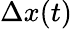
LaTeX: \Delta x(t)